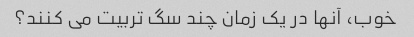
خوب، آنها در یک زمان چند سگ تربیت می کنند؟